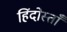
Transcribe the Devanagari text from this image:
हिंदोस्ताँ